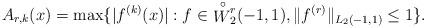
LaTeX: \begin{align*}A_{r,k}(x) = \max \{ |f^{(k)}(x)|: f\in{\stackrel{\circ}{W}}\vphantom{W}_2^r(-1,1),\Vert f^{(r)}\Vert_{L_2(-1,1)}\leq 1\}.\end{align*}